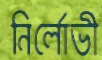
নির্লোভী